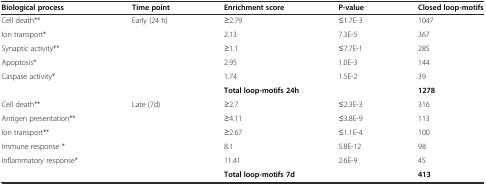
| Biological process | Time point | Enrichment score | P-value | Closed loop-motifs |
 | --- | --- | --- | --- | --- |
 | Cell death** | <ROWSPAN=5> Early (24 h) | ≥2.79 | ≤1.7E-3 | 1047 |
 | Ion transport* | 2.13 | 7.3E-5 | 367 |
 | Synaptic activity** | ≥1.1 | ≤7.7E-1 | 285 |
 | Apoptosis* | 2.95 | 1.0E-3 | 144 |
 | Caspase activity* | 1.74 | 1.5E-2 | 39 |
 |  |  | <COLSPAN=2> Total loop-motifs 24h | 1278 |
 | Cell death** | <ROWSPAN=5> Late (7d) | ≥2.7 | ≤2.3E-3 | 316 |
 | Antigen presentation** | ≥4.11 | ≤3.8E-9 | 113 |
 | Ion transport** | ≥2.67 | ≤1.1E-4 | 100 |
 | Immune response * | 8.1 | 5.8E-12 | 98 |
 | Inflammatory response* | 11.41 | 2.6E-9 | 45 |
 | <COLSPAN=2>  | <COLSPAN=2> Total loop-motifs 7d | 413 |